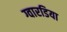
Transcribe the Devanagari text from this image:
ग्वारडिया